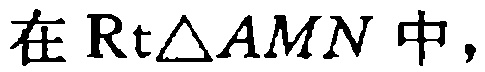
在\(Rt\triangle AMN\)中，